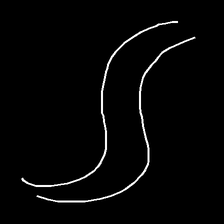
Glyph: float